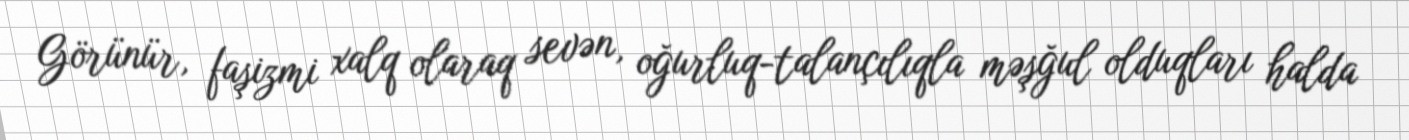
Görünür, faşizmi xalq olaraq sevən, oğurluq-talançılıqla məşğul olduqları halda